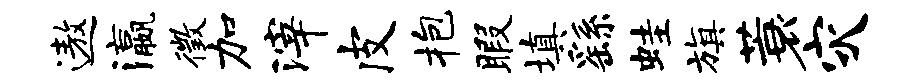
遨瀛徵加滓皮抱暇填繇蛙旗蓑灾